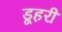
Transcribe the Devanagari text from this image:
डूहरी